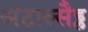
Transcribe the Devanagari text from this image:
अंटाल्सैड्ल